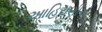
આહિરાણીએ